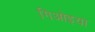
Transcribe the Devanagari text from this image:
गिओइया